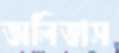
অলিভাস